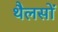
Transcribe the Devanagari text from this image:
थैलसों